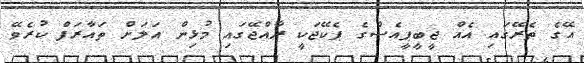
އޭގެ ތެރޭގައި އެއް ޖީބީޕީއެސްގެ ޕެކޭޖަކީ ރާއްޖޭގައި މުޅިން އަލަށް ތައާރަފް ކުރެވޭ